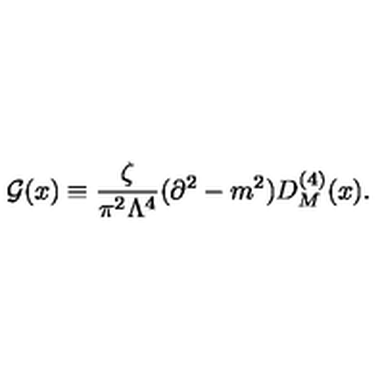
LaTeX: { \cal G } ( x ) \equiv \frac { \zeta } { \pi ^ { 2 } \Lambda ^ { 4 } } ( \partial ^ { 2 } - m ^ { 2 } ) D _ { M } ^ { ( 4 ) } ( x ) .